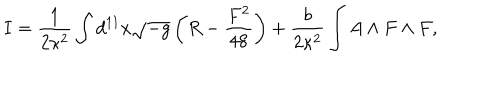
LaTeX: I = \frac { 1 } { 2 \kappa ^ { 2 } } \int d ^ { 1 1 } x \sqrt { - g } \left( R - \frac { F ^ { 2 } } { 4 8 } \right) + \frac { b } { 2 \kappa ^ { 2 } } \int A \land F \land F ,